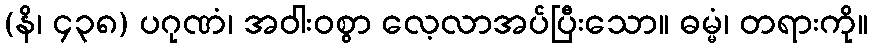
(နိ၊ ၄၃၈) ပဂုဏံ၊ အဝါးဝစွာ လေ့လာအပ်ပြီးသော။ ဓမ္မံ၊ တရားကို။